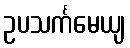
ဥပသင်္ကမေယျ